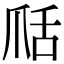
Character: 𦧍